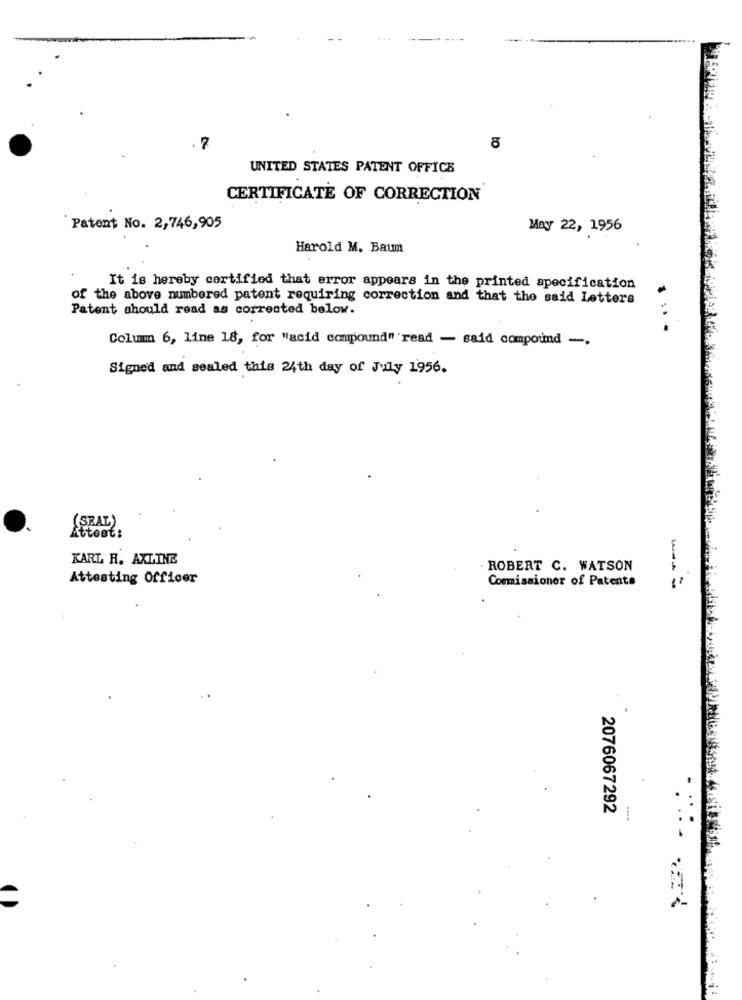
...
.7
8
UNITED STATES PATENT OFFICE
CERTIFICATE OF CORRECTION
Patent No. 2,746,905
May 22, 1956
Harold M. Baum
It is hereby certified that error appears in the printed specification
of the above numbered patent requiring correction and that the said Letters
Patent should read as corrected below.
. ...
Columm 6, line 18, for "acid compound" read - said compound -.
Signed and sealed this 24th day of July 1956.
(SEAL)
Attest:
KARL R. AXLINE
ROBERT C. WATSON
Attesting Officer
Commissioner of Patents
---
2076067292